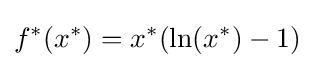
f^{*}(x^{*})=x^{*}(\ln(x^{*})-1)